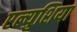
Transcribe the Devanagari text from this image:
एल्युशिया